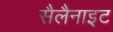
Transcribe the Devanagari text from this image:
सैलैनाइट